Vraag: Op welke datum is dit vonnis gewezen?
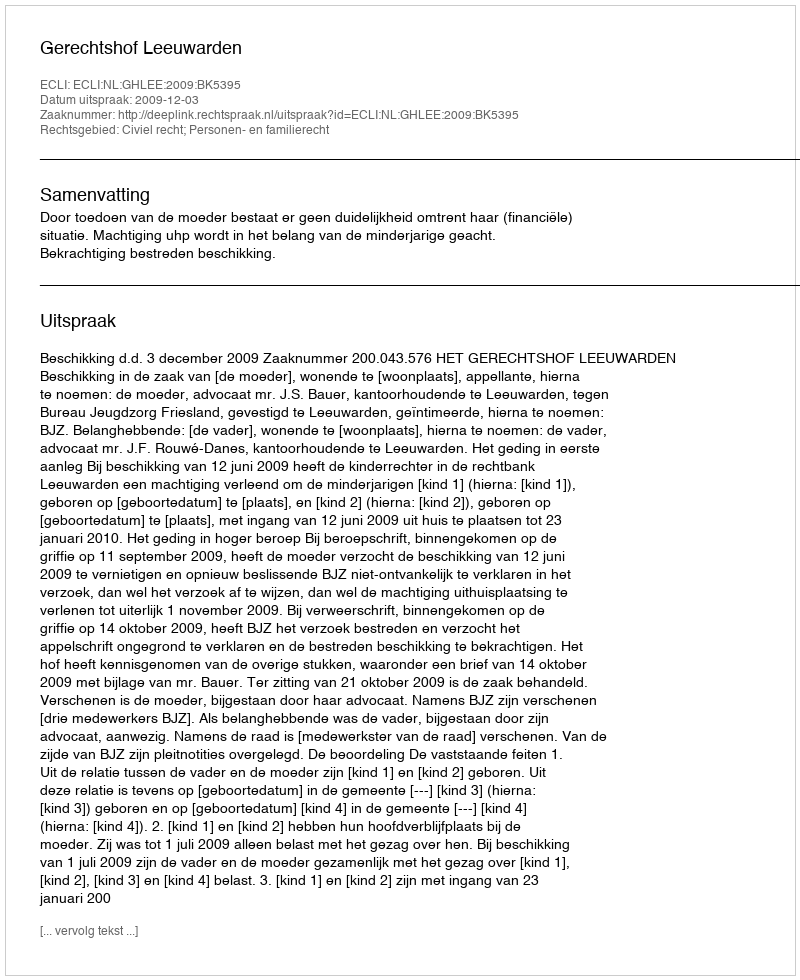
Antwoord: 2009-12-03